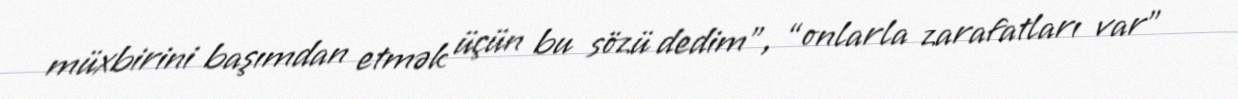
müxbirini başımdan etmək üçün bu sözü dedim", “onlarla zarafatları var”